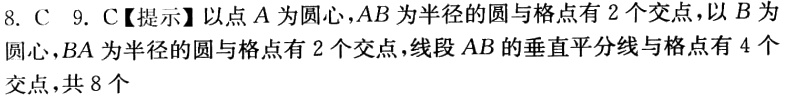
8. C  9. C【提示】以点 \(A\) 为圆心，\(AB\) 为半径的圆与格点有 \(2\) 个交点，以 \(B\) 为圆心，\(BA\) 为半径的圆与格点有 \(2\) 个交点，线段 \(AB\) 的垂直平分线与格点有 \(4\) 个交点，共 \(8\) 个